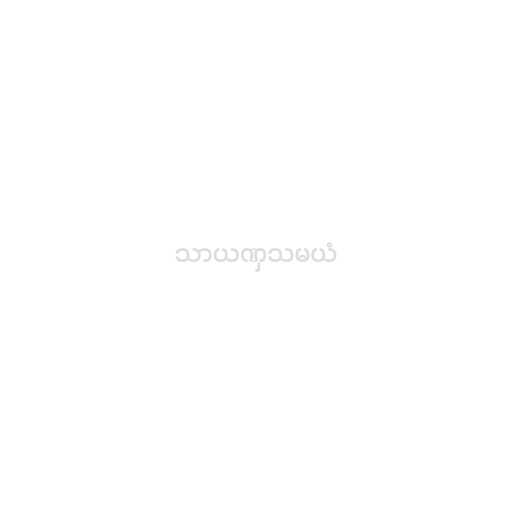
သာယဏှသမယံ